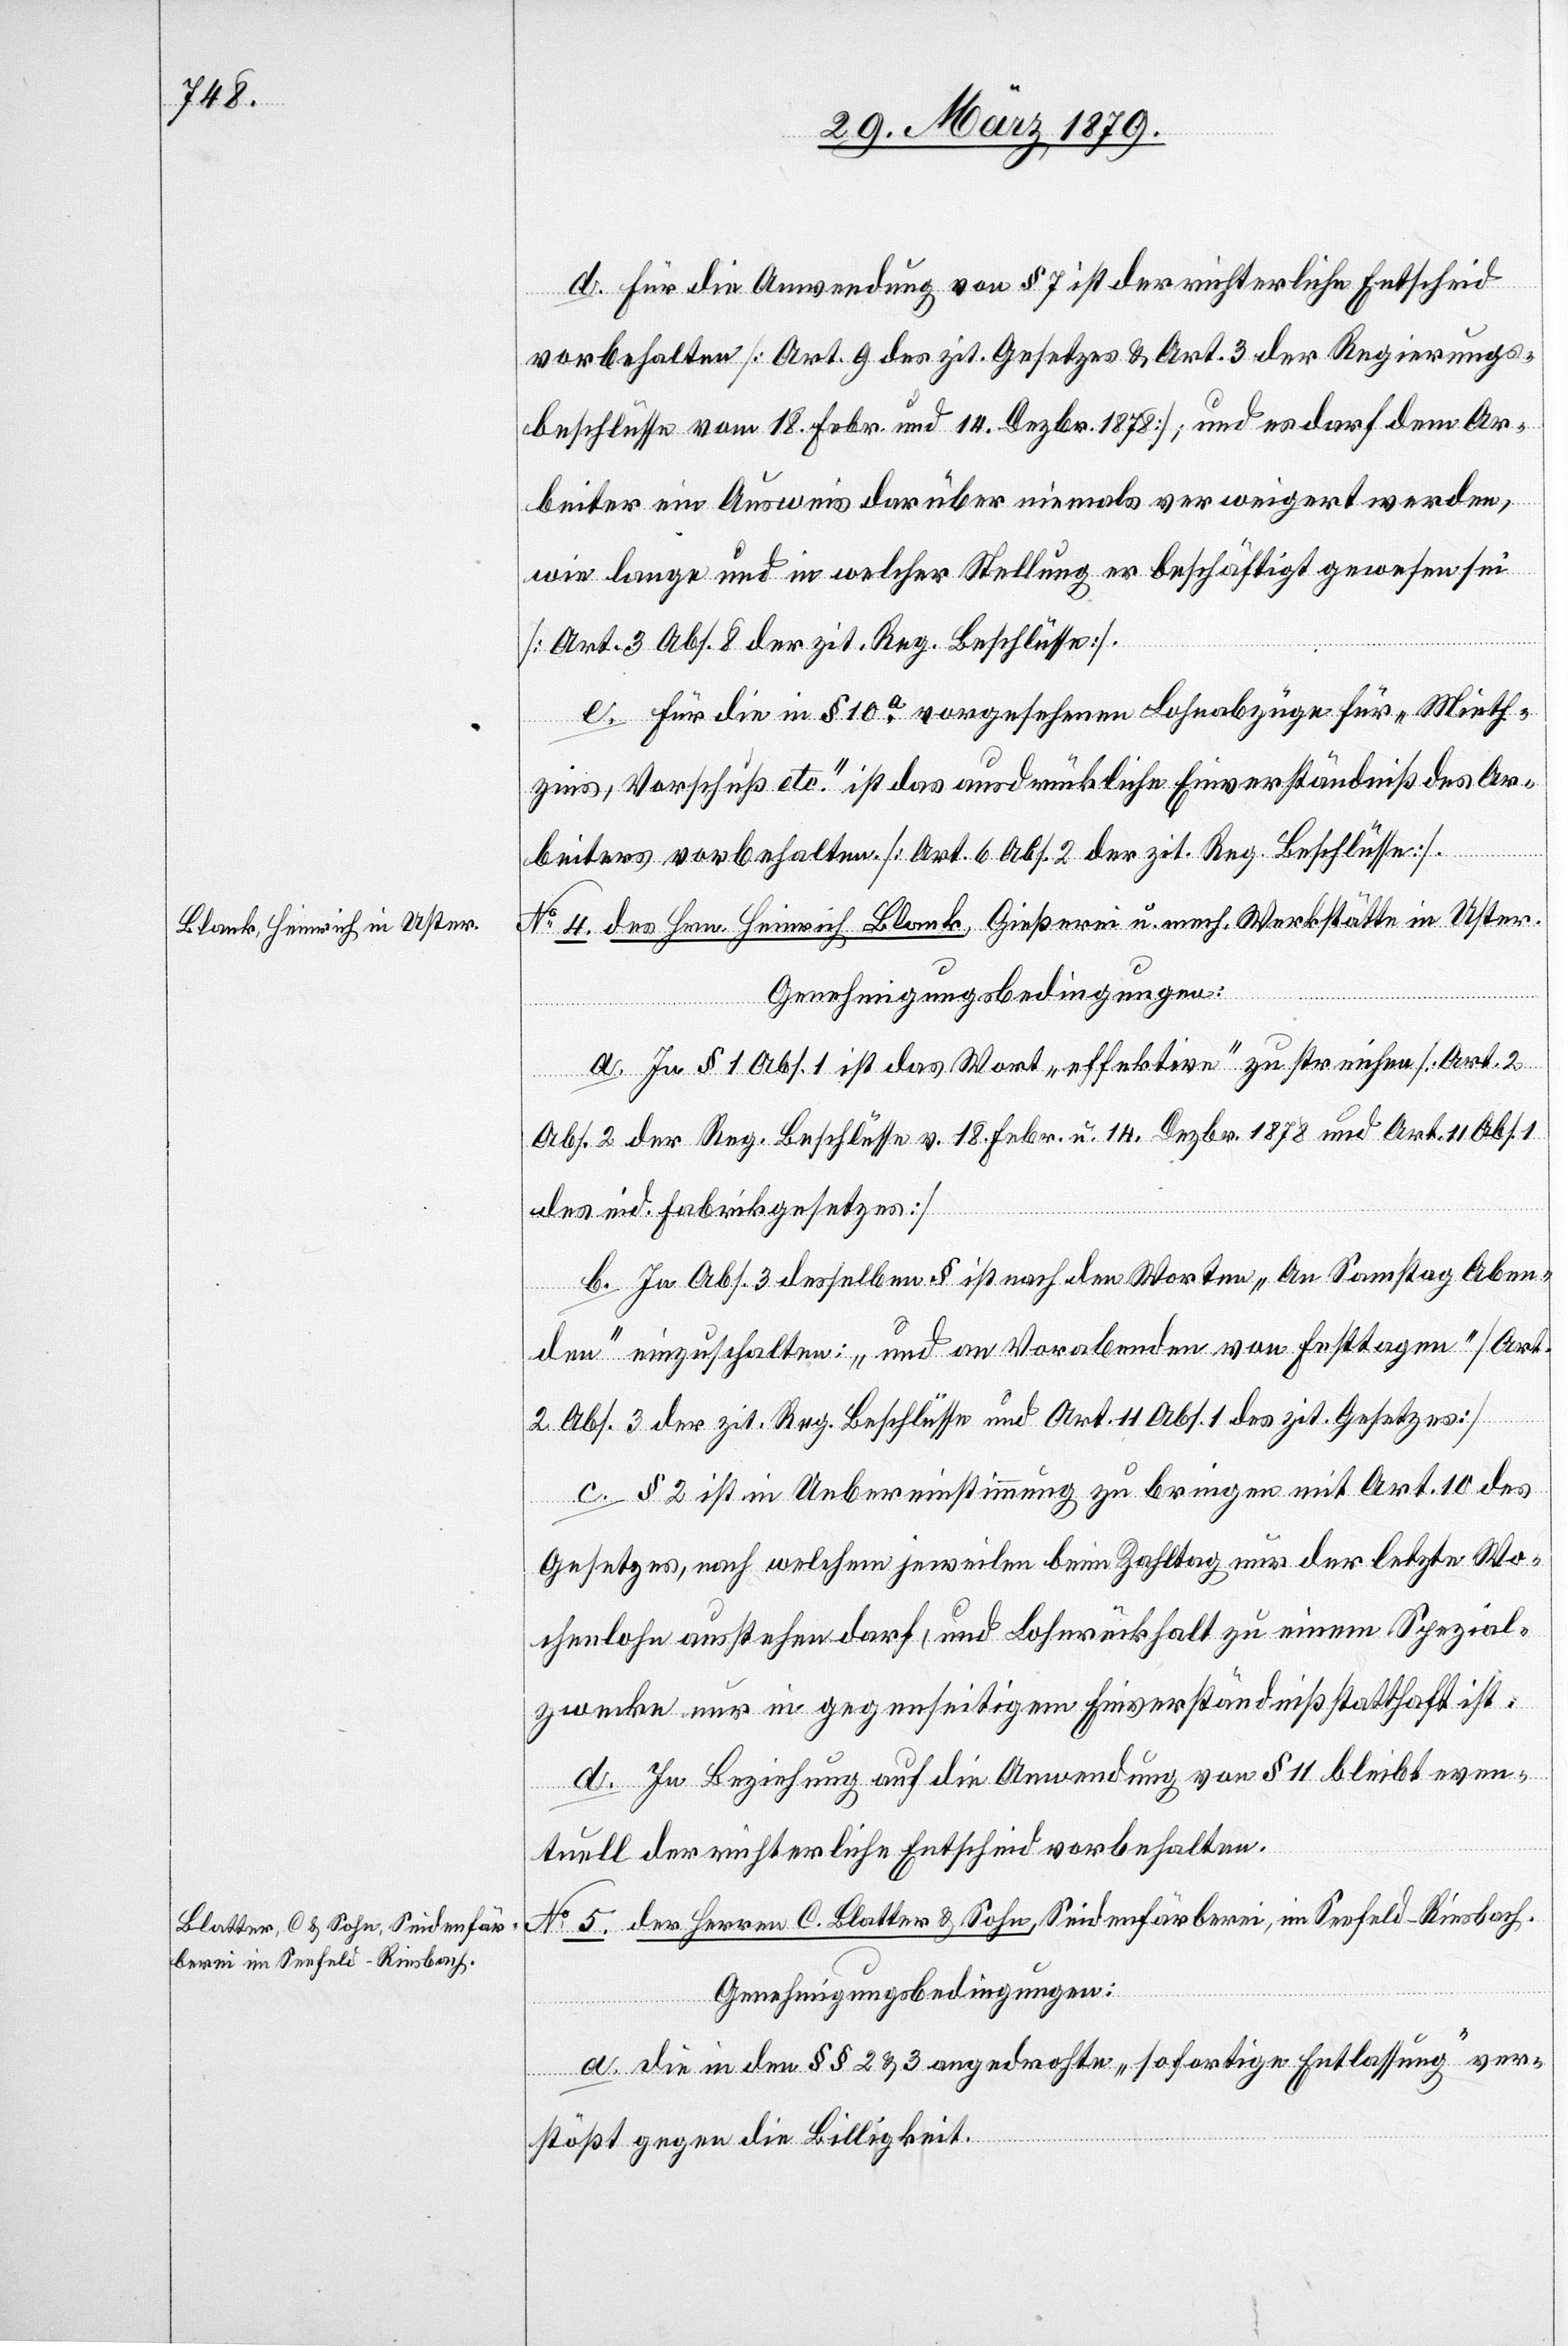
d. Für die Anwendung von § 7 ist der richterliche Entscheid
vorbehalten [Art. 9 des zit. Gesetzes & Art. 3 der Regierungs¬
beschlüsse vom 18. Febr. & 14. Dezbr. 1878]; und es darf dem Ar¬
beiter ein Ausweis darüber niemals verweigert werden,
wie lange und in welcher Stellung er beschäftigt gewesen sei
[Art. 3 Abs. 8 der zit. Reg. Beschlüsse].
No 4. des Hrn. Heinrich Blank, Gießerei u. mech. Werkstätte in Uster.
Genehmigungsbedingungen:
a. In § 1 Abs. 1 ist das Wort „effektive“ zu streichen [Art. 2
Abs. 2 der Reg. Beschlüsse v. 18. Febr. u. 14. Dezbr. 1878 und Art. 11 Abs.
des eid. Fabrikgesetzes]
b. In Abs. 3 desselben § ist nach den Worten „An Samstag Aben¬
den“ einzuschalten: „und an Vorabenden von Festtagen“ [Art.
2 Abs. 3 der zit. Reg. Beschlüsse und Art. 11 Abs. 1 des zit. Gesetzes]
c. § 2 ist in Uebereinstimmung zu bringen mit Art. 10 des
Gesetzes, nach welchem jeweilen beim Zahltag nur der letzte Wo¬
chenlohn ausstehen darf, und Lohnrückhalt zu einem Spezial¬
zwecke nur in gegenseitigem Einverständniß statthaft ist.
d. In Beziehung auf die Anwendung von § 11 bleibt even¬
tuell der richterliche Entscheid vorbehalten.
No 5. der Herren C. Blatter & Sohn, Seidenfärberei, im Seefeld - Riesbach.
Genehmigungsbedingungen:
a. Die in den §§ 2 & 3 angedrohte „sofortige Entlassung“ ver¬
stößt gegen die Billigkeit.